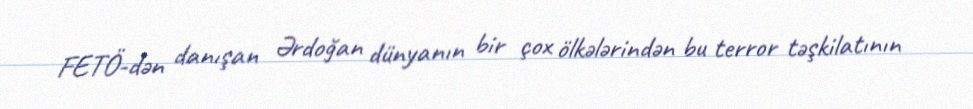
FETÖ-dən danışan Ərdoğan dünyanın bir çox ölkələrindən bu terror təşkilatının